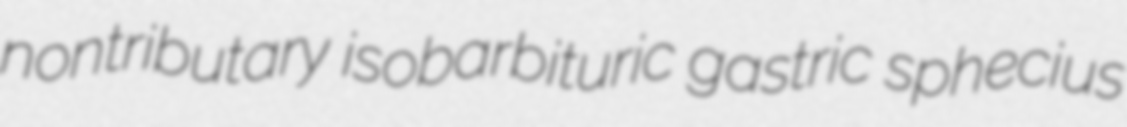
nontributary isobarbituric gastric sphecius